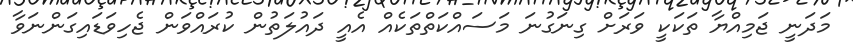
މަދަނީ ޖަމިއްޔާ ތަކަކީ ވަރަށް ގިނަގުނަ މަސައްކަތްތަކެއް އެއީ ދައުލަތުން ކުރައްވަން ޖެހިވަޑައިގަންނަވާ